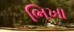
ભિખા